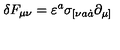
\delta F _ { \mu \nu } = \varepsilon ^ { a } \sigma _ { [ \nu a \dot { a } } \partial _ { \mu ] }